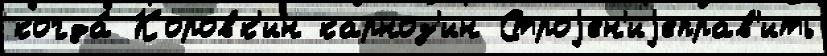
когда́ Коровк'ин карноз'ин Строjен'иjеправ'ить